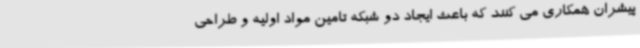
پیشران همکاری می کنند که باعث ایجاد دو شبکه تامین مواد اولیه و طراحی